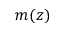
m ( z )